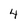
Character: 4